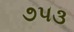
૭૫૩